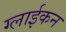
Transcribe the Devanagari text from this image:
ग्लाईकन